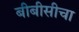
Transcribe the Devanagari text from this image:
बीबीसीचा